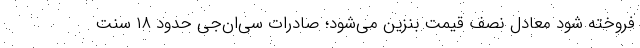
فروخته شود معادل نصف قیمت بنزین می‌شود؛ صادرات سی‌ان‌جی حدود ۱۸ سنت